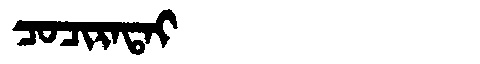
Manchu: ᠴᠣᠴᡳᡵᠠᡨᠠᡳ
Romanization: COCIRATAI